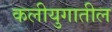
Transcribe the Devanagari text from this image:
कलीयुगातील